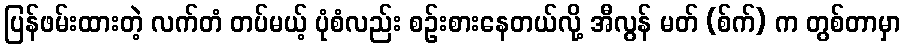
ပြန်ဖမ်းထားတဲ့ လက်တံ တပ်မယ့် ပုံစံလည်း စဉ်းစားနေတယ်လို့ အီလွန် မတ် (စ်က်) က တွစ်တာမှာ